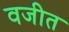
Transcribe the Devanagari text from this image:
वजीत